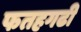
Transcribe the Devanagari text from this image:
फतहगढी